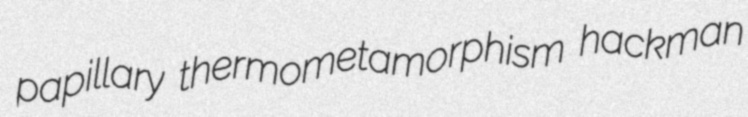
papillary thermometamorphism hackman